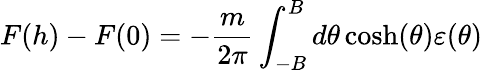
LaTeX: F(h)-F(0)=-\frac{m}{2\pi}\int_{-B}^{B}d\theta\cosh(\theta)\varepsilon(\theta)